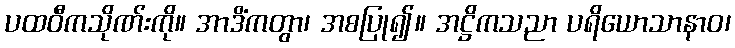
ပထဝီကသိုဏ်းကို။ အာဒိံကတွာ၊ အစပြု၍။ အဋ္ဌိကသညာ ပရိယောသာနာဝ၊